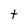
Character: t